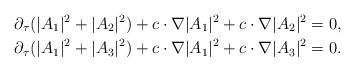
LaTeX: \begin{align*}\partial_{\tau} (|A_1|^2+|A_2|^2) +c\cdot\nabla |A_1|^2 + c\cdot\nabla |A_2|^2 = 0, \\\partial_{\tau} (|A_1|^2+|A_3|^2) +c\cdot\nabla |A_1|^2 + c\cdot\nabla |A_3|^2 = 0.\end{align*}